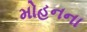
મોહનના